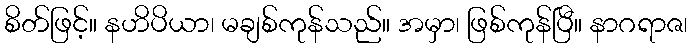
စိတ်ဖြင့်။ နဟိပိယာ၊ မချစ်ကုန်သည်။ အမှာ၊ ဖြစ်ကုန်ပြီ။ နာဂရာဇ၊